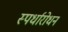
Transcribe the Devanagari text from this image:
स्पर्धारोधन